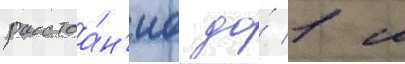
расстоа́н'иа до́ 1 м